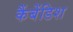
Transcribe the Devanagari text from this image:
कैंबेंडिश